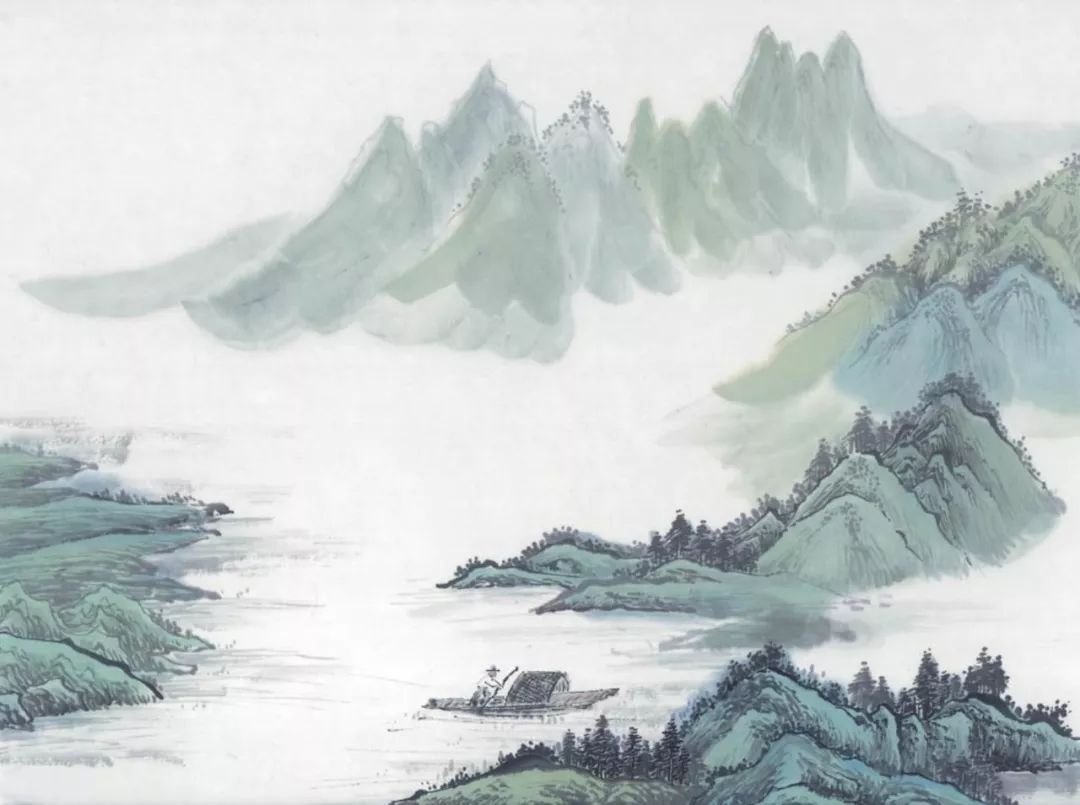
坡谓西湖，正如西子，浓抹淡妆临镜台。